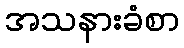
အသနားခံစာ